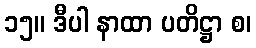
၁၅။ ဒီပါ နာထာ ပတိဋ္ဌာ စ၊